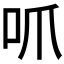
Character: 𫩜